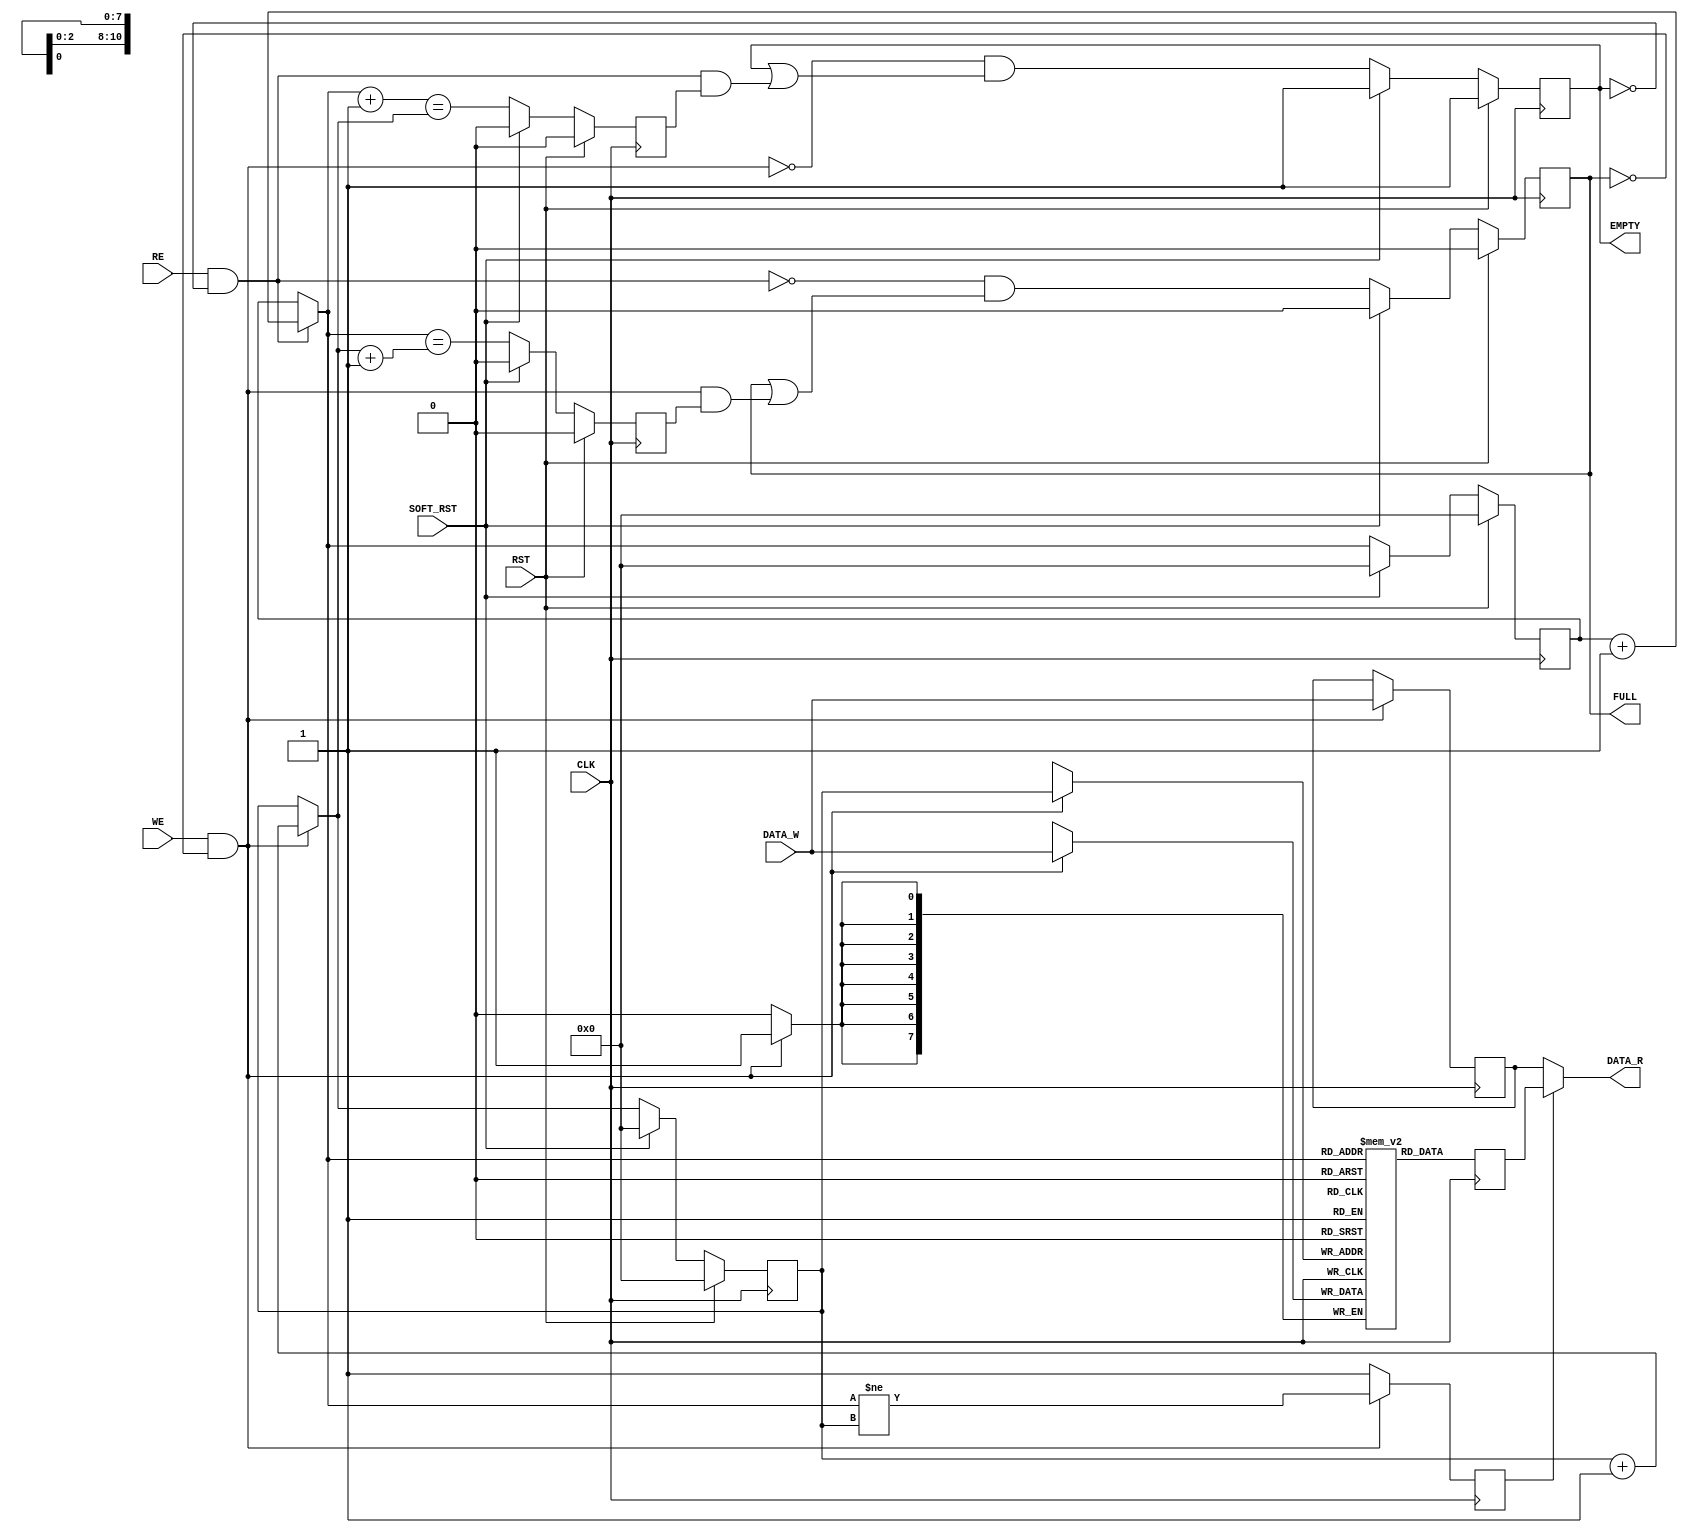
// FIFO module (generic)
// 2020-03-12 Naoki F., AIT
// New BSD License is applied. See COPYING file for details.

module fifo #(
    parameter WIDTH = 8,
    parameter SIZE  = 2048,
    parameter LOG_SIZE = 11)
    (
    input  wire              CLK, RST,
    input  wire  [WIDTH-1:0] DATA_W,
    output wire  [WIDTH-1:0] DATA_R,
    input  wire              WE, RE,
    output reg               EMPTY, FULL,
    input  wire              SOFT_RST);

    reg     [WIDTH-1:0] fifo_ram [0:SIZE-1];
    reg     [WIDTH-1:0] ram_out, d_data_w;
    reg                 ram_select;
    wire                write_valid, read_valid;
    reg  [LOG_SIZE-1:0] head, tail;
    wire [LOG_SIZE-1:0] n_head, n_tail;
    reg                 near_empty, near_full;
    wire                n_empty, n_near_empty;
    wire                n_full , n_near_full;

    // RAM: handling special case of n_head == tail
    assign DATA_R     = (ram_select) ? ram_out : d_data_w;
    
    always @ (posedge CLK) begin
        if (write_valid) begin
            ram_select <= (n_head != tail);
            d_data_w   <= DATA_W;
        end else begin
            ram_select <= 1'b1;
        end
    end

    always @ (posedge CLK) begin
        ram_out <= fifo_ram[n_head];
        if (write_valid) begin
            fifo_ram[tail] <= DATA_W;
        end
    end

    // combinatorial logic for read/write control
    assign read_valid   = RE & ~EMPTY;
    assign write_valid  = WE & ~FULL;
    assign n_head       = (read_valid)  ? head + 1'b1 : head;
    assign n_tail       = (write_valid) ? tail + 1'b1 : tail;
    assign n_empty      = ~ write_valid & (EMPTY | (read_valid & near_empty));
    assign n_full       = ~ read_valid  & (FULL  | (write_valid & near_full));
    assign n_near_empty = (n_head + 1'b1 == n_tail);
    assign n_near_full  = (n_head == n_tail + 1'b1);

    // register update
    always @ (posedge CLK) begin
        if (RST) begin
            head       <= 0;
            tail       <= 0;
            EMPTY      <= 1'b1;
            FULL       <= 1'b0;
            near_empty <= 1'b0;
            near_full  <= 1'b0;
        end else if (SOFT_RST) begin
            head       <= 0;
            tail       <= 0;
            EMPTY      <= 1'b1;
            FULL       <= 1'b0;
            near_empty <= 1'b0;
            near_full  <= 1'b0;
        end else begin
            head       <= n_head;
            tail       <= n_tail;
            EMPTY      <= n_empty;
            FULL       <= n_full;
            near_empty <= n_near_empty;
            near_full  <= n_near_full;
        end
    end
endmodule